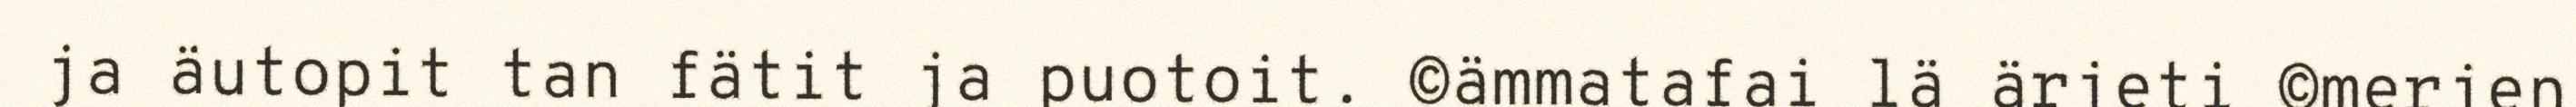
ja äutopit tan fätit ja puotoit. ©ämmatafai lä ärjeti ©merjen